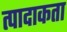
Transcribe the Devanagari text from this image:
त्पादाकता